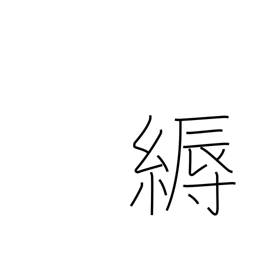
Meaning: decoration